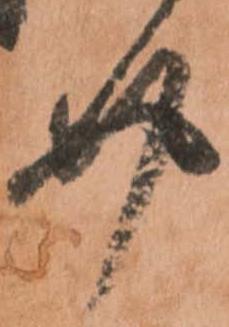
介